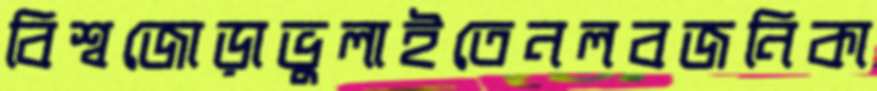
বিশ্বজোড়াভুলাইতেনলবজনিকা